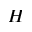
H